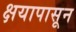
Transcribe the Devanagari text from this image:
क्षयापासून